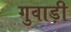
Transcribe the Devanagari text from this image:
गुवाड़ी